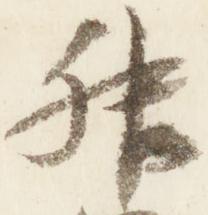
叔